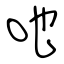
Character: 吔